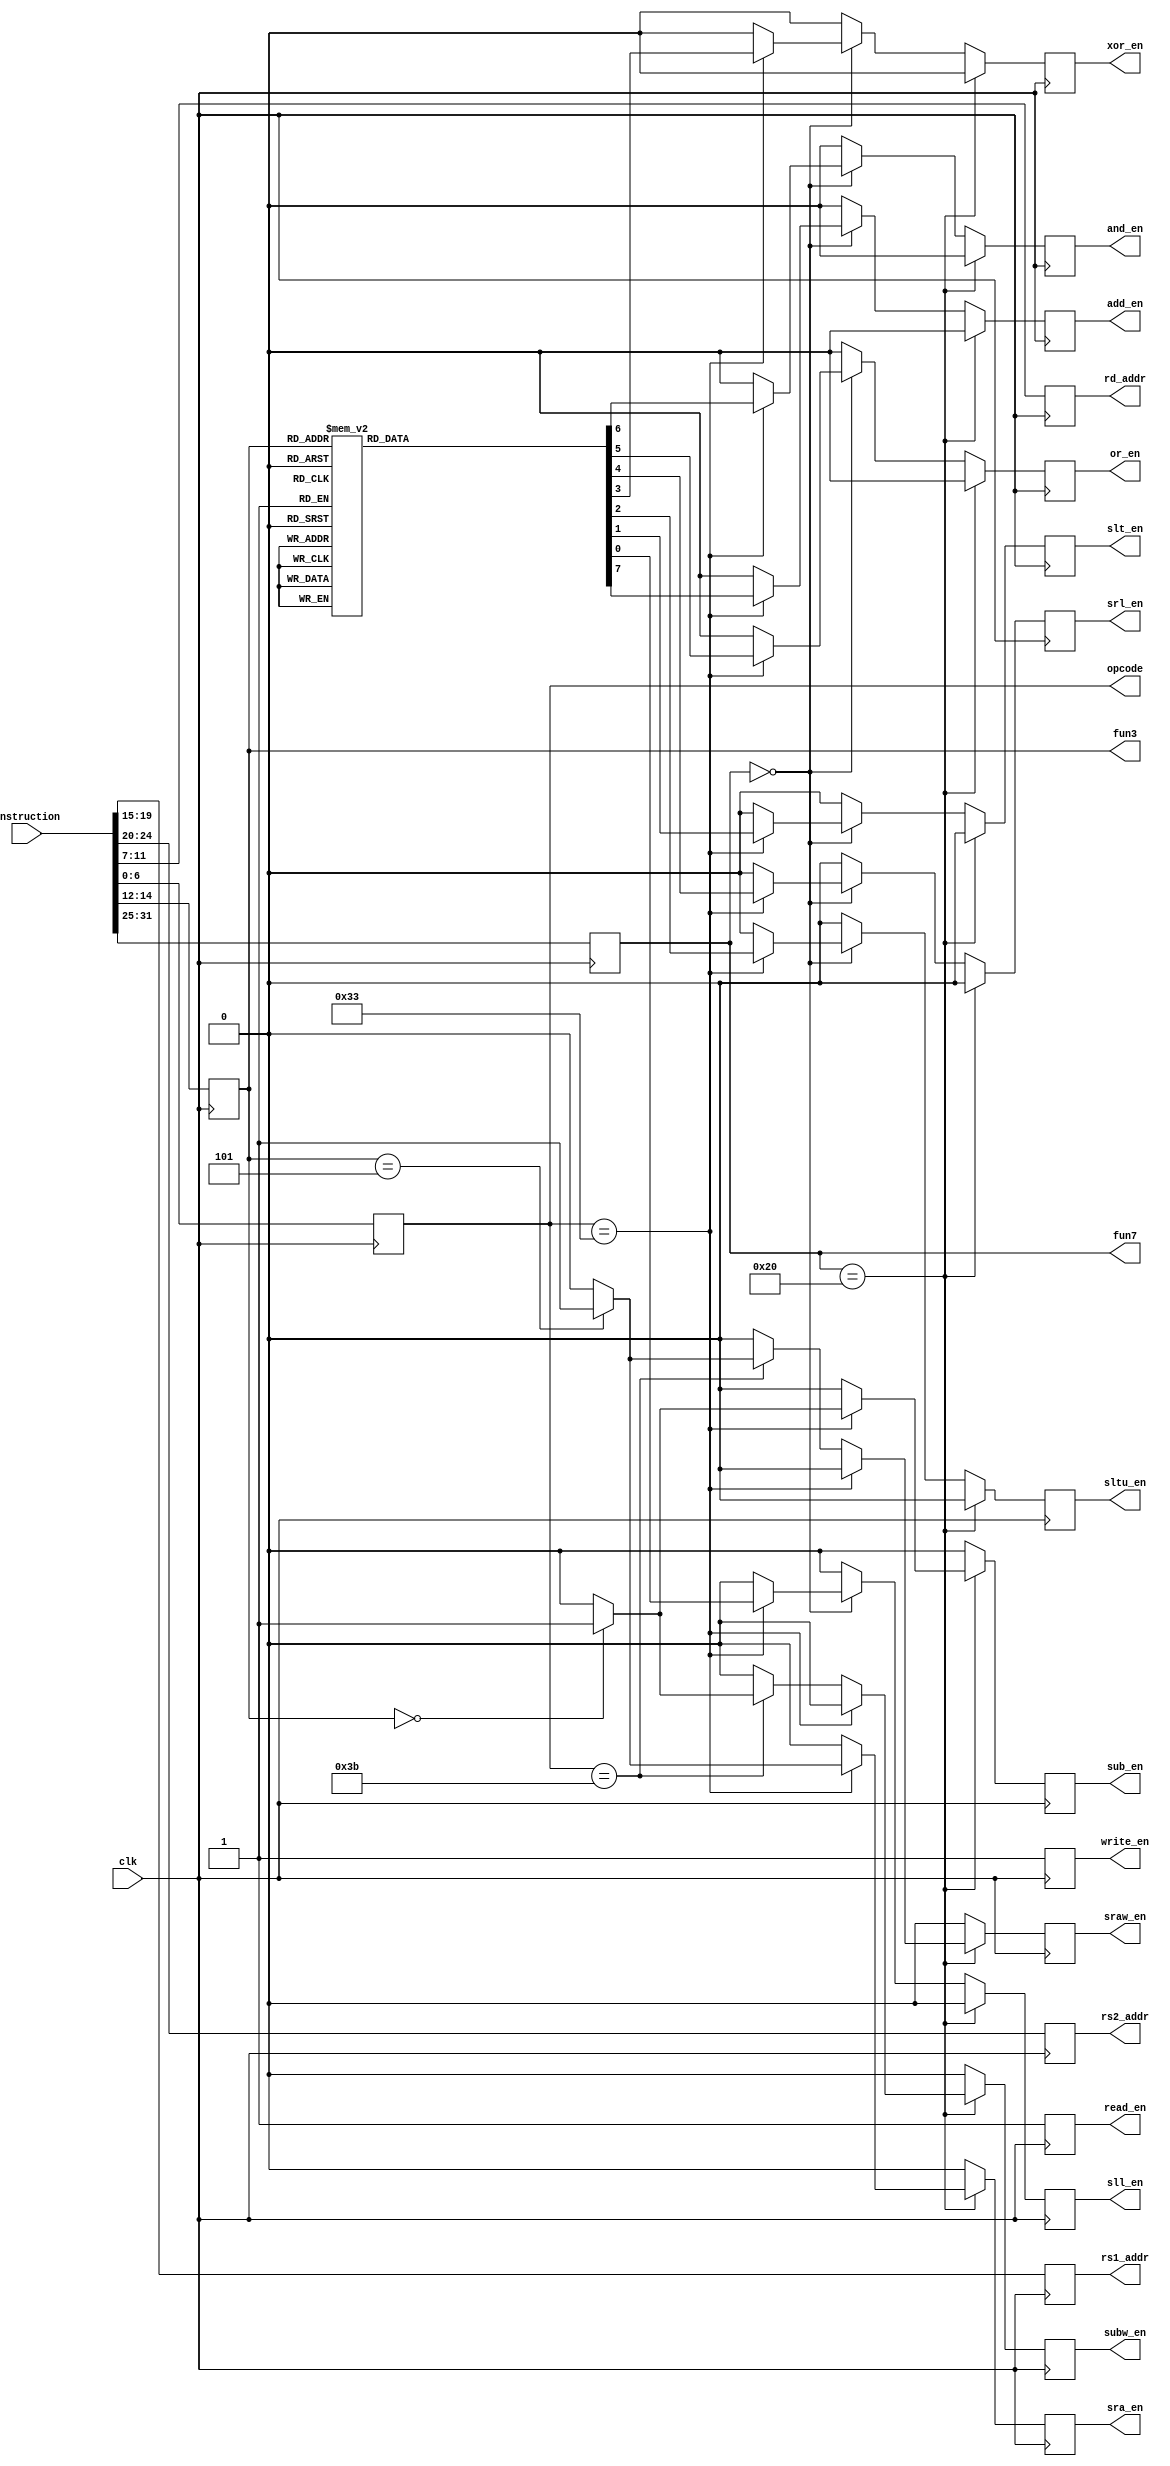
module decoder(input [31:0]instruction, input clk,output reg[4:0]rs1_addr,output reg[4:0] rs2_addr,output reg[4:0]rd_addr,
                 output reg sub_en,
		output reg sra_en,
		output   reg subw_en,
		output  reg sraw_en,
		output  reg add_en,
		output  reg sll_en,
		output  reg slt_en,
		output  reg sltu_en,
		output  reg xor_en,
		output  reg srl_en,
		output  reg or_en,
		output  reg and_en,
output reg [6:0] opcode,
 output  reg [2:0] fun3,
 output  reg [6:0] fun7,
output reg write_en, output reg read_en);

	always@(posedge clk)
            begin
                 opcode<=instruction[6:0];
                 fun7<=instruction[31:25];
 		 fun3<=instruction[14:12]; 
                 rs1_addr<=instruction[19:15];
         	 rs2_addr<=instruction[24:20];
                 rd_addr<=instruction[11:7];
                 sub_en=1'b0;
		 sra_en=1'b0;
		  subw_en=1'b0;
		subw_en=1'b0;
		sraw_en=1'b0;
		add_en=1'b0;
		sll_en=1'b0;
		slt_en=1'b0;
		sltu_en=1'b0;
		xor_en=1'b0;
		srl_en=1'b0;
		or_en=1'b0;
		and_en=1'b0;
		write_en =1'b1;
		read_en=1'b1;


             if(fun7 ==7'b0100000)
                begin
		 if(opcode == 7'b0110011 )
                          begin
			  case(fun3)
                               	3'b000:begin
					sub_en=1'b1;
                                       end
                               3'b101:begin
					sra_en=1'b1;
                                       end
				endcase 
                                  end

 		   else if(opcode == 7'b0111011)
                           begin
			  case(fun3)
                               3'b000:begin
					subw_en=1'b1;
                                       end
                               3'b101:begin
					sraw_en=1'b1;
                                       end
				endcase
				end
     		          end
            else if(fun7 ==7'b0000000)
                  begin
                  if(opcode == 7'b0110011)
                       begin
			  case(fun3)
                               	3'b000:begin
					add_en=1'b1;
                                       end
                               3'b001:begin
					sll_en=1'b1;
                                       end
				3'b010:begin
					slt_en=1'b1;
                                       end
				3'b011:begin
					sltu_en=1'b1;
                                       end
				3'b100:begin
					xor_en=1'b1;
                                       end
				3'b101:begin
					srl_en=1'b1;
                                       end
				3'b110:begin
					or_en=1'b1;
                                       end
				3'b111:begin
					and_en=1'b1;
                                       end

				endcase 
                                  end

 		 	end


               

			end





endmodule